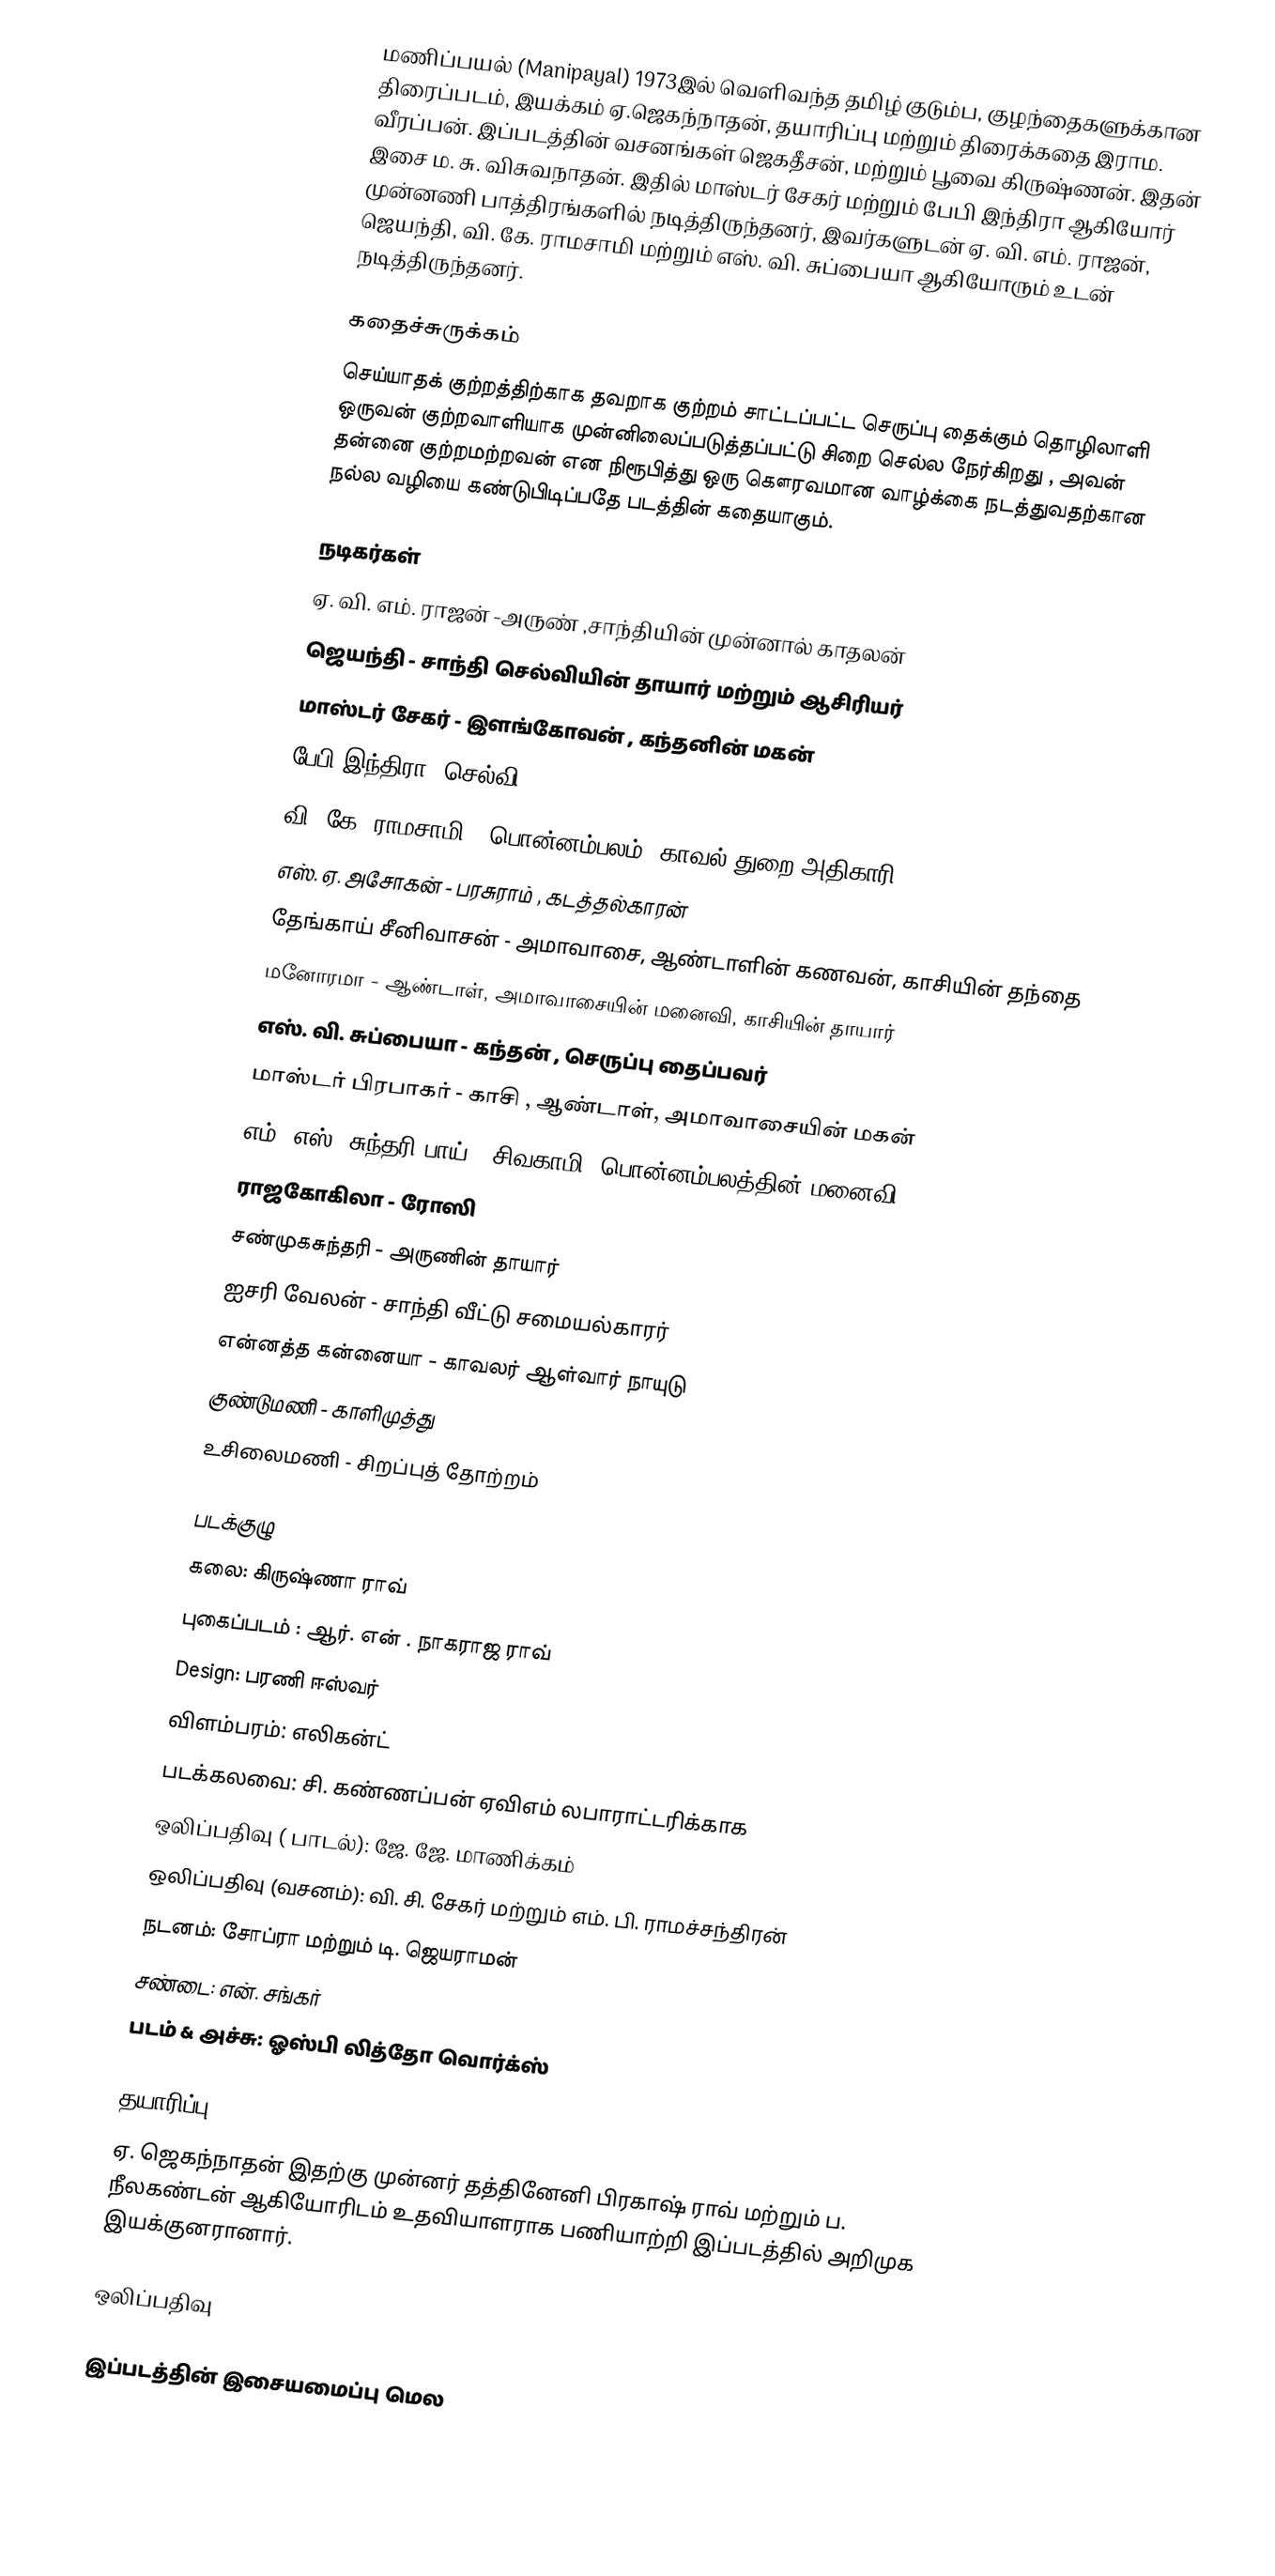
மணிப்பயல் (Manipayal) 1973இல் வெளிவந்த தமிழ் குடும்ப, குழந்தைகளுக்கான திரைப்படம், இயக்கம் ஏ.ஜெகந்நாதன், தயாரிப்பு மற்றும் திரைக்கதை இராம. வீரப்பன். இப்படத்தின் வசனங்கள் ஜெகதீசன், மற்றும் பூவை கிருஷ்ணன். இதன் இசை ம. சு. விசுவநாதன். இதில் மாஸ்டர் சேகர் மற்றும் பேபி இந்திரா ஆகியோர் முன்னணி பாத்திரங்களில் நடித்திருந்தனர், இவர்களுடன் ஏ. வி. எம். ராஜன், ஜெயந்தி, வி. கே. ராமசாமி மற்றும் எஸ். வி. சுப்பையா ஆகியோரும் உடன் நடித்திருந்தனர்.

கதைச்சுருக்கம்
செய்யாதக் குற்றத்திற்காக தவறாக குற்றம் சாட்டப்பட்ட செருப்பு தைக்கும் தொழிலாளி ஒருவன் குற்றவாளியாக முன்னிலைப்படுத்தப்பட்டு சிறை செல்ல நேர்கிறது , அவன் தன்னை குற்றமற்றவன் என நிரூபித்து ஒரு கௌரவமான வாழ்க்கை நடத்துவதற்கான நல்ல வழியை கண்டுபிடிப்பதே படத்தின் கதையாகும்.

நடிகர்கள்
ஏ. வி. எம். ராஜன்  -அருண் ,சாந்தியின் முன்னால் காதலன்
ஜெயந்தி   - சாந்தி செல்வியின் தாயார் மற்றும் ஆசிரியர்
மாஸ்டர் சேகர்  - இளங்கோவன்  , கந்தனின் மகன்
பேபி இந்திரா -செல்வி
வி. கே. ராமசாமி   - பொன்னம்பலம், காவல் துறை அதிகாரி
எஸ். ஏ. அசோகன்   - பரசுராம் , கடத்தல்காரன்
தேங்காய் சீனிவாசன்  - அமாவாசை, ஆண்டாளின் கணவன், காசியின் தந்தை
மனோரமா   - ஆண்டாள், அமாவாசையின் மனைவி, காசியின் தாயார்
எஸ். வி. சுப்பையா - கந்தன் , செருப்பு தைப்பவர்
மாஸ்டர் பிரபாகர்  - காசி , ஆண்டாள், அமாவாசையின்  மகன்
எம். எஸ். சுந்தரி பாய்  - சிவகாமி ,பொன்னம்பலத்தின் மனைவி
ராஜகோகிலா  - ரோஸி
சண்முகசுந்தரி   - அருணின் தாயார்
ஐசரி வேலன்  - சாந்தி வீட்டு சமையல்காரர்
என்னத்த கன்னையா   - காவலர் ஆள்வார் நாயுடு
குண்டுமணி - காளிமுத்து
உசிலைமணி - சிறப்புத் தோற்றம்

படக்குழு
கலை: கிருஷ்ணா ராவ்
புகைப்படம் : ஆர். என் . நாகராஜ ராவ்
Design: பரணி ஈஸ்வர்
விளம்பரம்: எலிகன்ட்
படக்கலவை: சி. கண்ணப்பன் ஏவிஎம்  லபாராட்டரிக்காக
ஒலிப்பதிவு ( பாடல்):  ஜே. ஜே. மாணிக்கம்
ஒலிப்பதிவு (வசனம்):  வி. சி. சேகர் மற்றும் எம். பி. ராமச்சந்திரன்
நடனம்: சோப்ரா மற்றும் டி. ஜெயராமன்
சண்டை: என். சங்கர்
படம் & அச்சு: ஓஸ்பி லித்தோ வொர்க்ஸ்

தயாரிப்பு
ஏ. ஜெகந்நாதன் இதற்கு முன்னர் தத்தினேனி பிரகாஷ் ராவ் மற்றும் ப. நீலகண்டன் ஆகியோரிடம் உதவியாளராக பணியாற்றி இப்படத்தில் அறிமுக இயக்குனரானார்.

ஒலிப்பதிவு

இப்படத்தின் இசையமைப்பு மெல